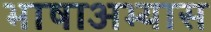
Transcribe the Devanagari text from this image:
भाषाअभ्यास